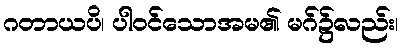
ဂတာယပိ၊ ပါဝင်သောအမ၏ မဂ်၌လည်း၊